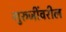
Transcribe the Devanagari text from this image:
गुरुजींवरील